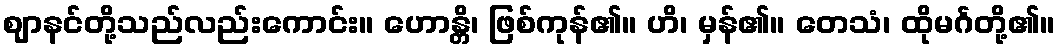
ဈာနင်တို့သည်လည်းကောင်း။ ဟောန္တိ၊ ဖြစ်ကုန်၏။ ဟိ၊ မှန်၏။ တေသံ၊ ထိုမင်္ဂတို့၏။